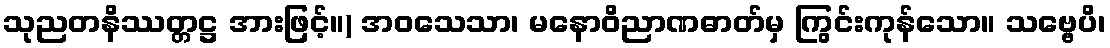
သုညတနိဿတ္တဋ္ဌ အားဖြင့်။) အဝသေသာ၊ မနောဝိညာဏဓာတ်မှ ကြွင်းကုန်သော။ သဗ္ဗေပိ၊